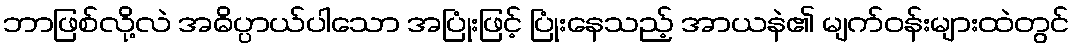
ဘာဖြစ်လို့လဲ အဓိပ္ပာယ်ပါသော အပြုံးဖြင့် ပြုံးနေသည့် အာယနဲ၏ မျက်ဝန်းများထဲတွင်